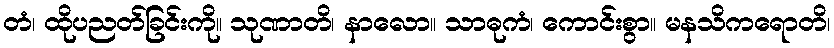
တံ၊ ထိုပညတ်ခြင်းကို။ သုဏာတိ၊ နာလော။ သာဓုကံ၊ ကောင်းစွာ။ မနသိကရောတိ၊